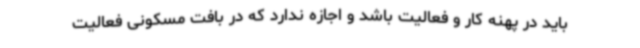
باید در پهنه کار و فعالیت باشد و اجازه ندارد که در بافت مسکونی فعالیت